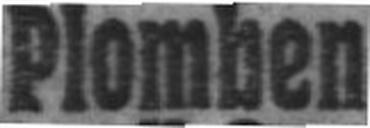
Plomben